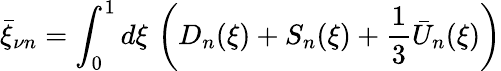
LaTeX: \bar{\xi}_{\nu n}=\int_{0}^{1}d\xi\, \left(D_{n}(\xi)+S_{n}(\xi)+{\frac{1}{3}}\bar{U}_{n}(\xi)\right)